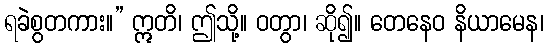
ရခဲစွတကား။” ဣတိ၊ ဤသို့။ ဝတွာ၊ ဆို၍။ တေနေဝ နိယာမေန၊